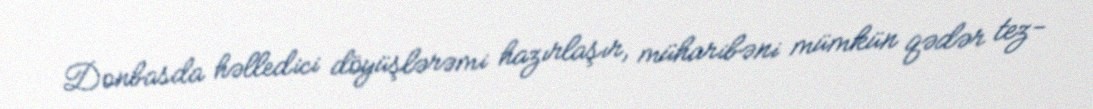
Donbasda həlledici döyüşlərəmi hazırlaşır, müharibəni mümkün qədər tez-